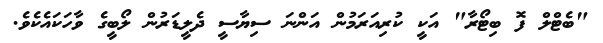
"ބެޓްލް ފޮ ބިޓޯރާ" އަކީ ކުރިއަރަމުން އަންނަ ސިޔާސީ ދެލީޑަރުން ލޯބީގެ ވާހަކައެކެވެ.